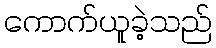
ကောက်ယူခဲ့သည်